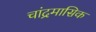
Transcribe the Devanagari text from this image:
चांद्रमासिक